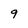
Character: 9